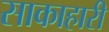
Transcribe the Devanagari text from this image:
साकाहारी